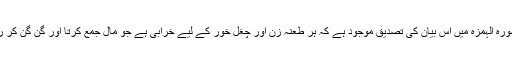
قرآن کی سورہ الہمزہ میں اس بیان کی تصدیق موجود ہے کہ ہر طعنہ زن اور چُغل خور کے لیے خرابی ہے جو مال جمع کرتا اور گن گن کر رکھتا ہے ۔